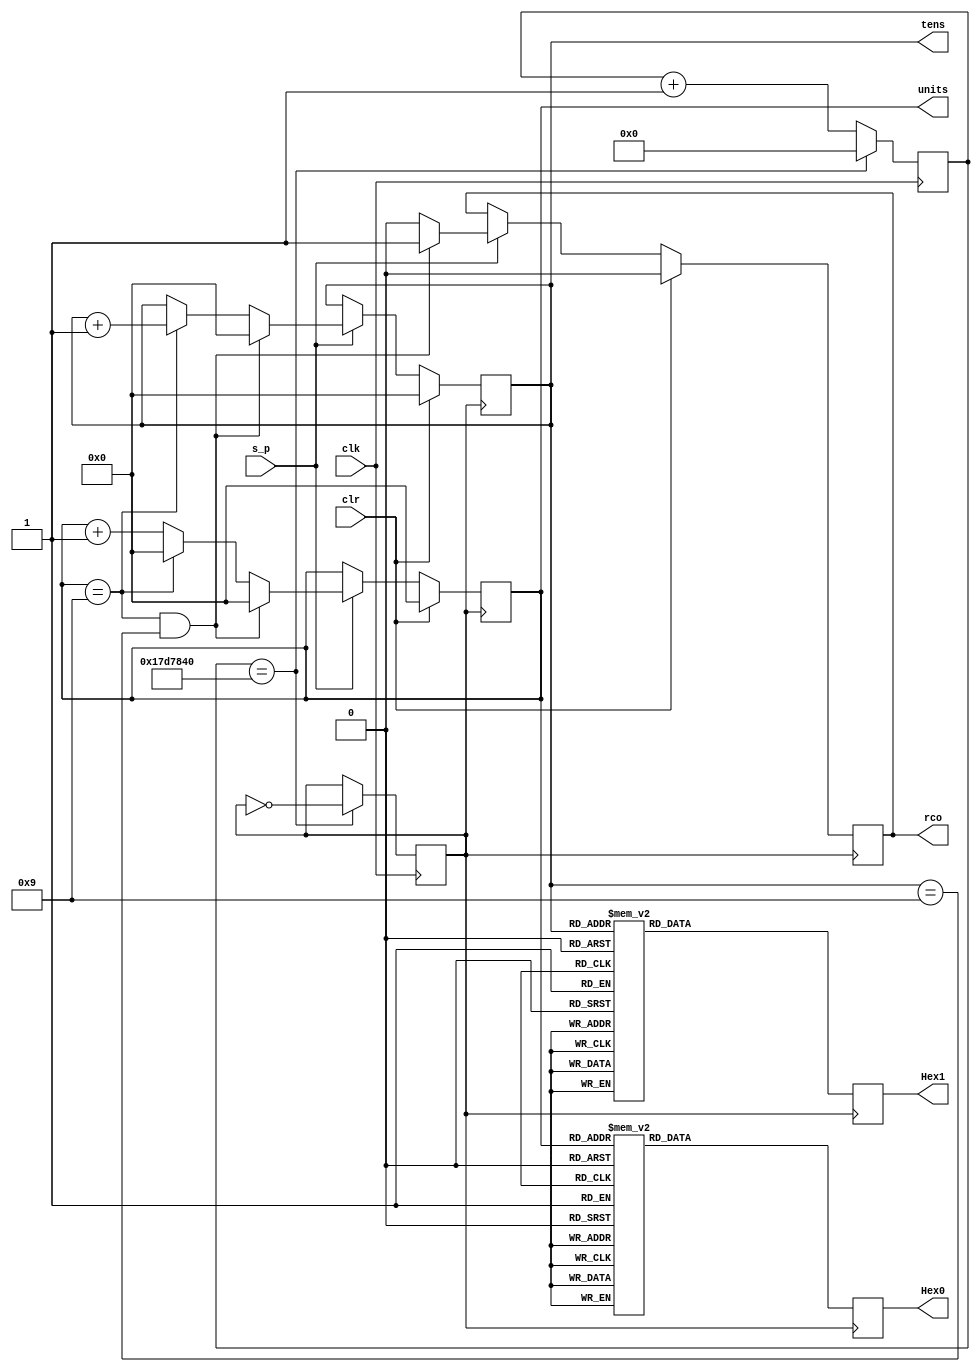
module Counter(
	input clk,
	input s_p, // ,SW[1]
	input clr, //SW[0]
	output reg rco,
	output reg [3:0] units,
	output reg [3:0] tens,
	output reg [6:0] Hex0,
	output reg [6:0] Hex1
);
//inner signal
reg [26:0]clk_onesec;
reg clk_t;

//functions
function reg [13:0] to_hex;
input [3:0]ten;
input [3:0]unit;
reg [6:0] HEX1;
reg [6:0] HEX0;
begin
	case(unit)
	4'b0000: HEX0 = 7'b1000000;
	4'b0001: HEX0 = 7'b1111001;
	4'b0010: HEX0 = 7'b0100100;
	4'b0011: HEX0 = 7'b0110000;
	4'b0100: HEX0 = 7'b0011001;
	4'b0101: HEX0 = 7'b0010010;
	4'b0110: HEX0 = 7'b0000010;
	4'b0111: HEX0 = 7'b1111000;
	4'b1000: HEX0 = 7'b0000000;
	4'b1001:	HEX0 = 7'b0010000;
	default: HEX0 = 7'b1111111; 
	endcase
	
	case(ten)
	4'b0000: HEX1 = 7'b1000000;
	4'b0001: HEX1 = 7'b1111001;
	4'b0010: HEX1 = 7'b0100100;
	4'b0011: HEX1 = 7'b0110000;
	4'b0100: HEX1 = 7'b0011001;
	4'b0101: HEX1 = 7'b0010010;
	4'b0110: HEX1 = 7'b0000010;
	4'b0111: HEX1 = 7'b1111000;
	4'b1000: HEX1 = 7'b0000000;
	4'b1001:	HEX1 = 7'b0010000;
	default: HEX1 = 7'b1111111; 
	endcase
	
	to_hex = {HEX1, HEX0};
end
endfunction
//init
initial 
begin
	clk_onesec = 0;
	clk_t = 0;
	units = 0;
	tens = 0;
end

//always module
always @ (posedge clk)
begin
	if(clk_onesec == 25000000)
	begin
		clk_t <= ~clk_t;
		clk_onesec <= 0;
	end
	else clk_onesec <= clk_onesec + 1;
end

always @ (posedge clk_t)
begin
	if(clr) // 
	begin
		rco <= 0;
		units <= 0;
		tens <= 0;
	end
	else if(!s_p)
	begin
		rco <= rco;
		units <= units;
		tens <= tens;
	end
	else begin
		if(units == 9 && tens == 9)
		begin
			units <= 0;
			tens <= 0;
			rco <= 1;
		end
		else if(units == 9)
		begin
			rco <= 0;
			tens <= tens + 1;
			units <= 0;
		end
		else begin
			rco <= 0;
			units <= units + 1;
			tens <= tens;
		end
	end
	{Hex1,Hex0} = to_hex(tens, units); 
end
endmodule